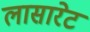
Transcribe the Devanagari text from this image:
लासारेट